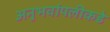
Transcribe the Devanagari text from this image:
अनुभवांपलीकडे